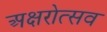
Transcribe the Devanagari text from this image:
अक्षरोत्सव